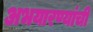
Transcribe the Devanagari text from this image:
अभयारण्यांची